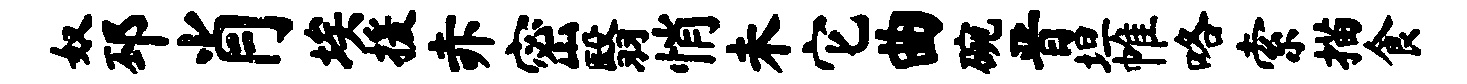
奴邳肖埃援赤密翳悄未它曲碗晋坦帷咯索描食